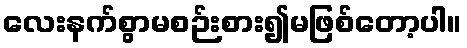
လေးနက်စွာမစဉ်းစား၍မဖြစ်တော့ပါ။